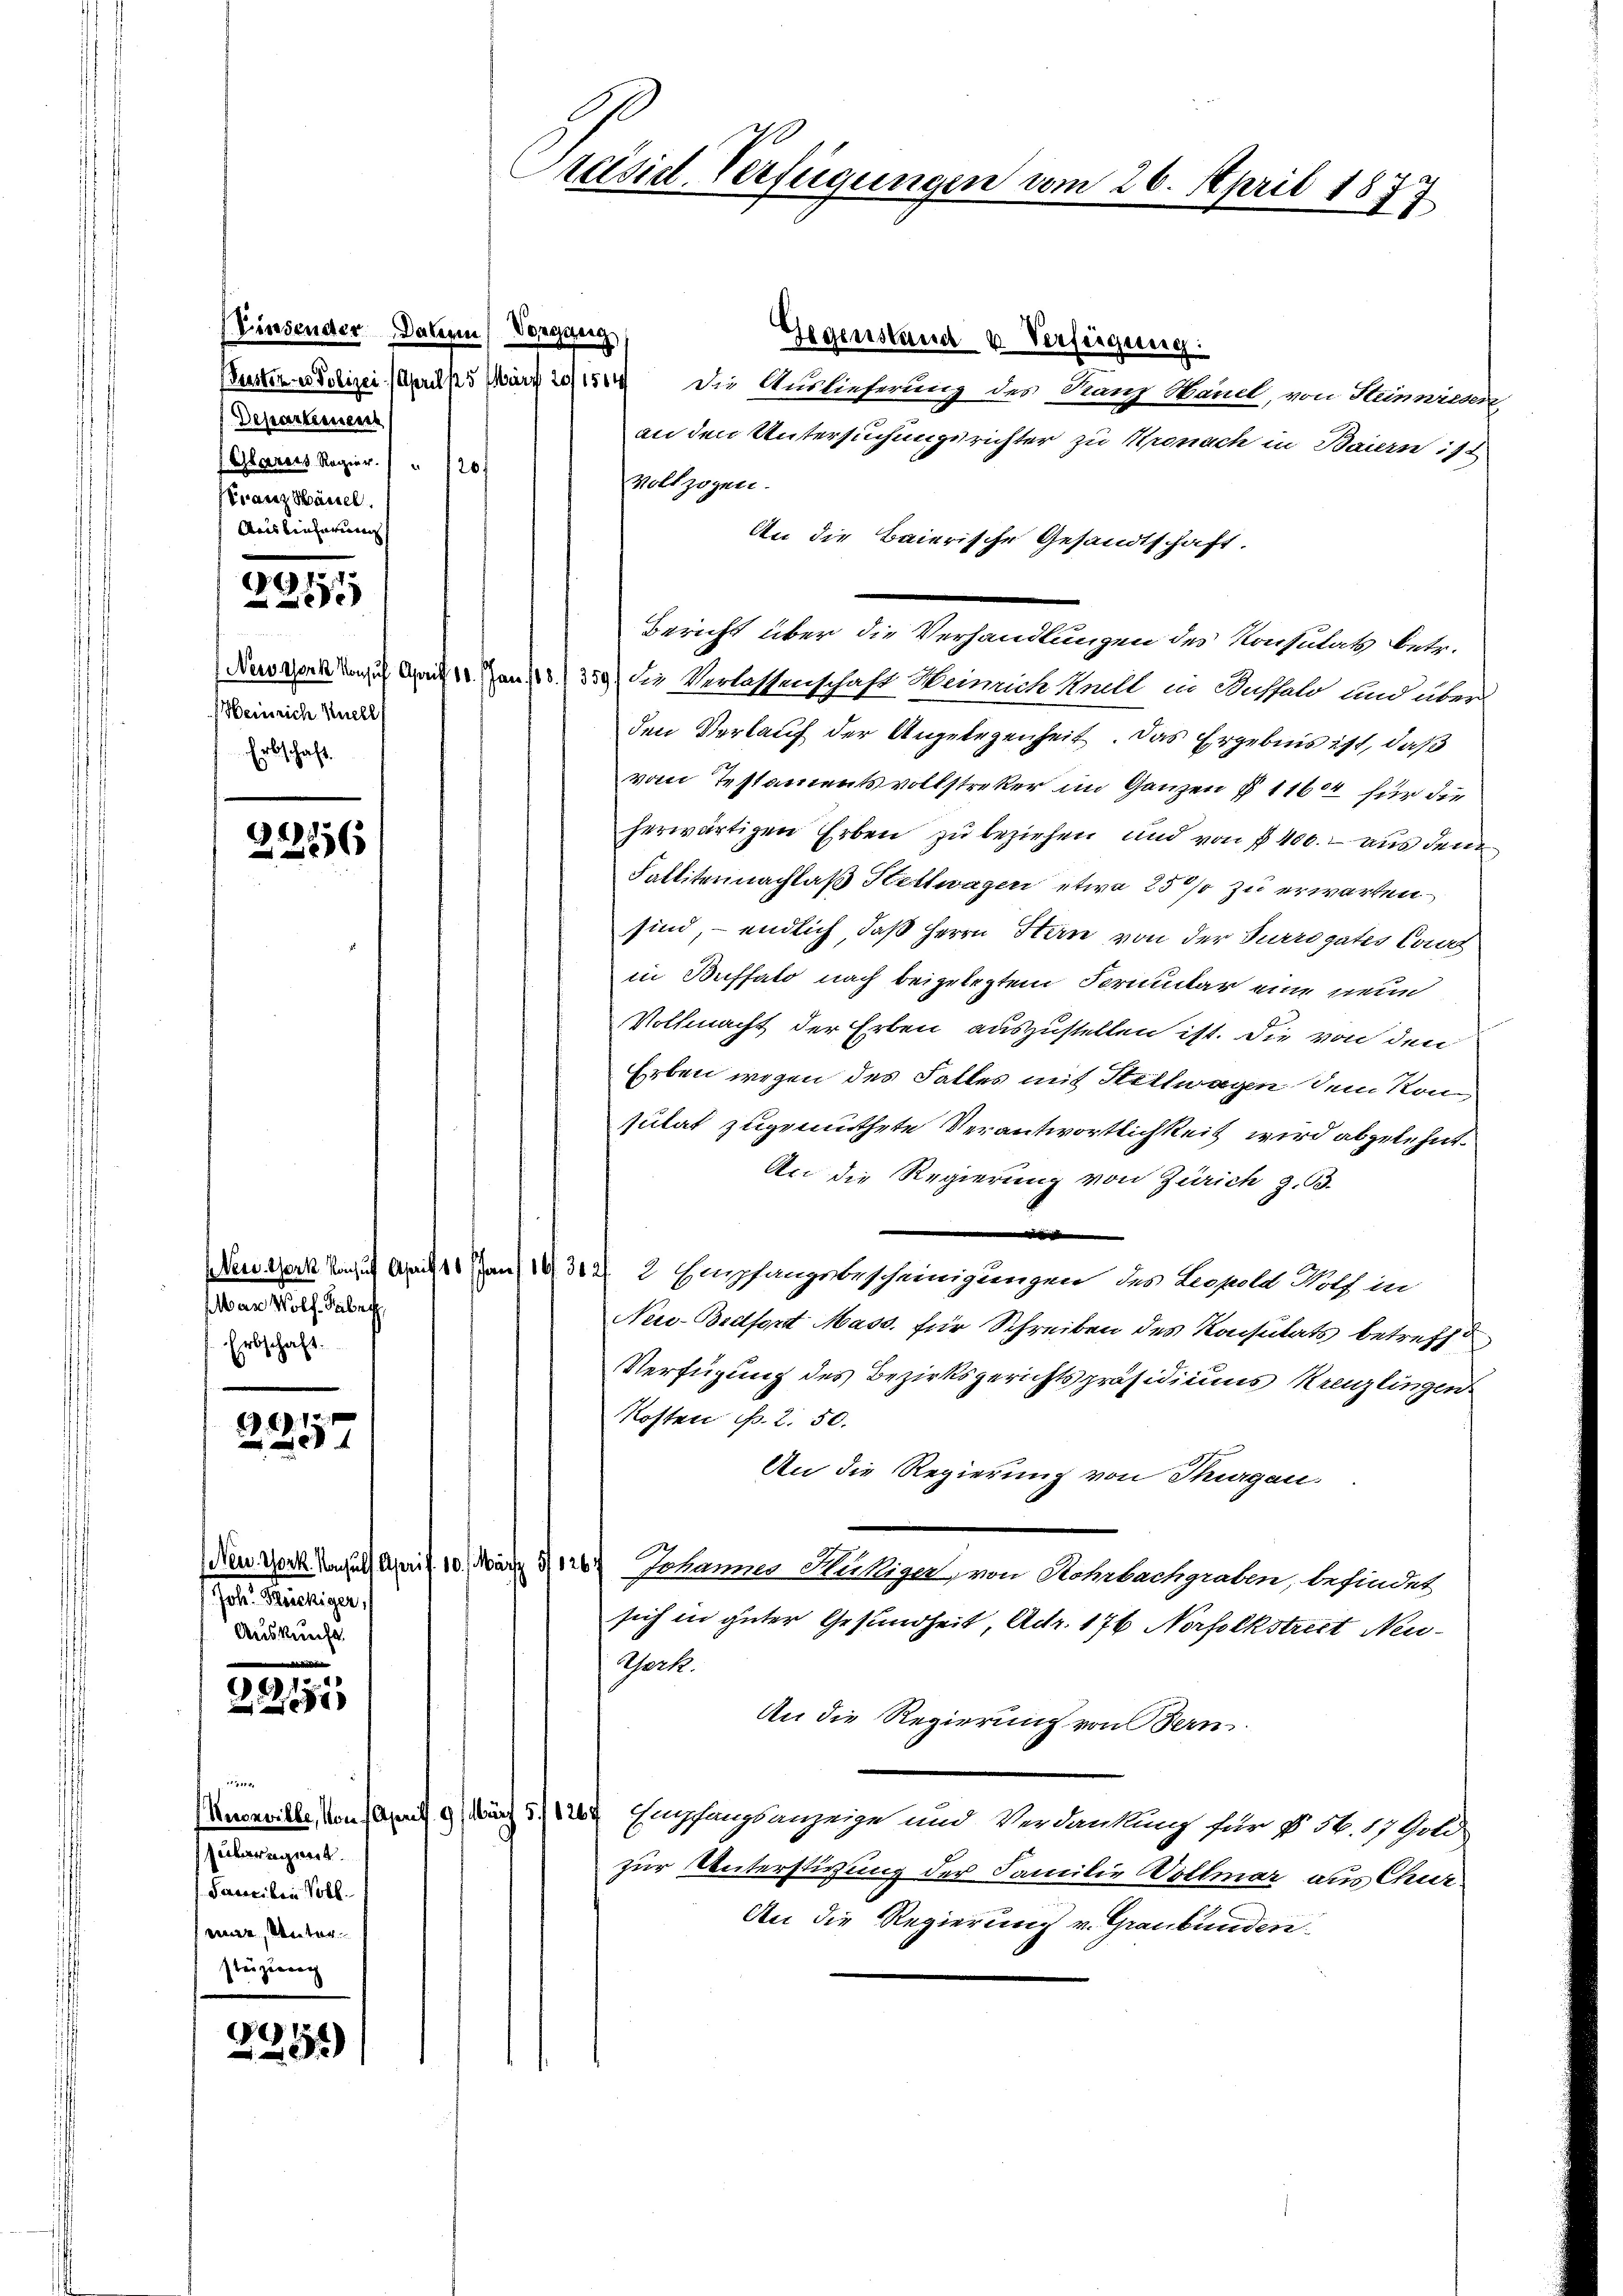
(Einsender Daten Vorgeng
Departienech
Ahlearers Regier.    " 120
Franz Säuel.
Mais lieferungs
30.

Heinrich Knell
Erbschaft.

2236

Mar Wolf. Haber
Erbschaft.

1

Neu. Tork. Konsuls As
Joh. Reichiger,
Auskunft.

30

8

e
Unoeville, von Apr
uvertregiert
Sacciden Voll
eie, Unter
steigung

d
2259)

Présid. Verfügungen vom 26. April 1877

Gegenstand v. Verfügung.
Bustere Polizei (April 15 März 2154 die Auslieferung des Ganz Stand, von Hünnreden
an den Untersuchungsrichter zu Kronach in Baiern ist
Vollzogen.
An die Baierische Gesandtschaft.
Negot von April 11. Jan. 1359) die Verlassenschaft Weinrich Knell in Wassald und über
den Verkauf der Angelegenheit. Das Ergebnis ist, daß
vom Testamentsvollstreker im Ganzen § 1164 für die
herwärtigen Erben zu beziehen und von § 400. aus dem
Fallitennachlaß Hettwagen etwa 25% zu erwarten.
sind, endlich, daß Herrn Stern von der Surrogates Cant
in Buffalo nach beigelegtem Formular eine neue
Vollmacht der Erben auszustellen ist. Die von den
Erben wegen des Falles mit Hellwagen dem Kon
sulat zugemuthete Verantwortlichkeit wird abgelehnt.
An die Regierung von Zürich z. B.
e
Neuzern Kauf Art 11 Jan. 1932 2 Empfangsbescheinigungen des Leopold Noth in
Nei-Bedfort Mass, für Schreiben des Konsulats betreff d
Verfügung des Bezirksgerichtspräsidiums Kreuzlingen
Kosten B. 2. 50.
An die Regierung von Thurgau.
in 10. Man der Johannes Heckiger, von Hehrbachgraben, befindet
sich in guter Gesundheit, Adr. 176 Norfolkstreet Neu¬
Aerk.
An die Regierung von Bern.
 9 zu Empfangsanzeige und Verdankung für § 56. 17 Gold-
zur Unterstirung der Familie Vollmar aus Chur
An die Regierung v. Graubünden

Bericht über die Verhandlungen des Konsulats betr.